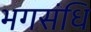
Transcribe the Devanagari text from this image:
भगसंधि